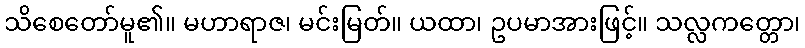
သိစေတော်မူ၏။ မဟာရာဇ၊ မင်းမြတ်။ ယထာ၊ ဥပမာအားဖြင့်။ သလ္လကတ္တော၊